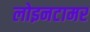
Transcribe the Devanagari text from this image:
लोइनटामर